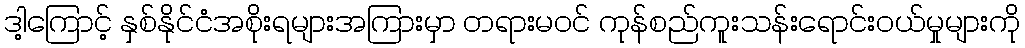
ဒါ့ကြောင့် နှစ်နိုင်ငံအစိုးရများအကြားမှာ တရားမဝင် ကုန်စည်ကူးသန်းရောင်းဝယ်မှုများကို